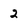
Character: 2